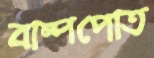
বাষ্পপোত